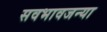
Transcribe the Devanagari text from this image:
सवभावजन्या